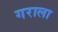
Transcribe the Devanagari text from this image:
गराला